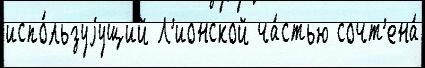
испо́льзуjущий Л'ионской ча́стью сочт'ена́